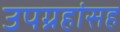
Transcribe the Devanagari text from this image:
उपग्रहांसह